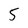
Character: 5